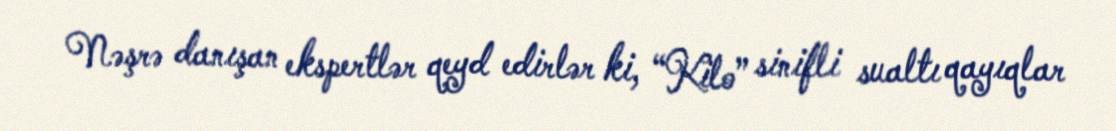
Nəşrə danışan ekspertlər qeyd edirlər ki, “Kilo” sinifli sualtı qayıqlar